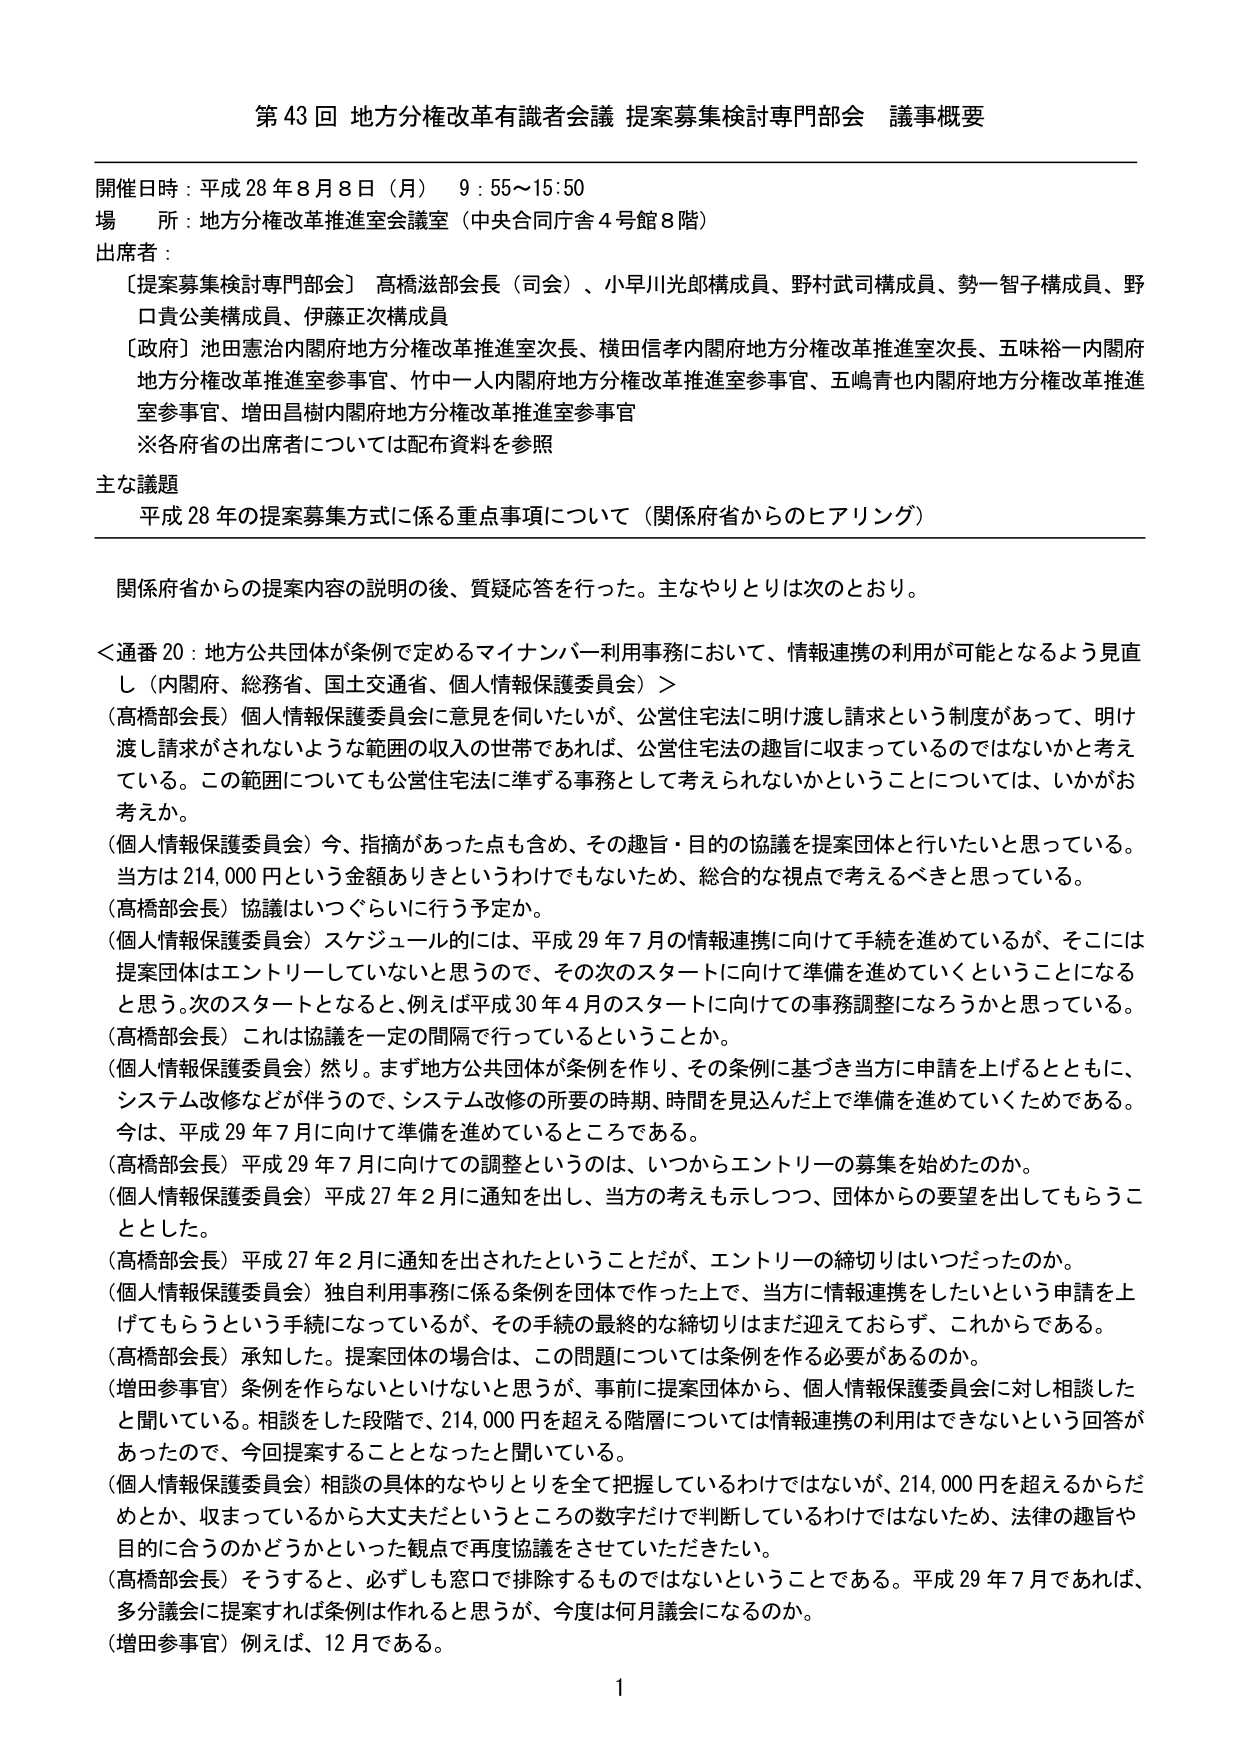
第43回 地方分権改革有識者会議 提案募集検討専門部会 議事概要

開催日時：平成28年8月8日（月） 9:55～15:50
場 所：地方分権改革推進室会議室（中央合同庁舎4号館8階）
出席者：
〔提案募集検討専門部会〕高橋滋部会長（司会）、小早川光郎構成員、野村武司構成員、勢一智子構成員、野口貴公美構成員、伊藤正次構成員
〔政府〕池田憲治内閣府地方分権改革推進室次長、横田信孝内閣府地方分権改革推進室次長、五味裕一内閣府地方分権改革推進室参事官、竹中一人内閣府地方分権改革推進室参事官、五嶋青也内閣府地方分権改革推進室参事官、増田昌樹内閣府地方分権改革推進室参事官
※各府省の出席者については配布資料を参照

主な議題
平成28年の提案募集方式に係る重点事項について（関係府省からのヒアリング）

関係府省からの提案内容の説明の後、質疑応答を行った。主なやりとりは次のとおり。

＜通番20：地方公共団体が条例で定めるマイナンバー利用事務において、情報連携の利用が可能となるよう見直し（内閣府、総務省、国土交通省、個人情報保護委員会）＞
（高橋部会長）個人情報保護委員会に意見を伺いたいが、公営住宅法に明け渡し請求という制度があって、明け渡し請求がされないような範囲の収入の世帯であれば、公営住宅法の趣旨に収まっているのではないかと考えている。この範囲についても公営住宅法に準ずる事務として考えられないかということについては、いかがお考えか。
（個人情報保護委員会）今、指摘があった点も含め、その趣旨・目的の協議を提案団体と行いたいと思っている。当方は214,000円という金額ありきというわけでもないため、総合的な視点で考えるべきと思っている。
（高橋部会長）協議はいつぐらいに行う予定か。
（個人情報保護委員会）スケジュール的には、平成29年7月の情報連携に向けて手続を進めているが、そこには提案団体はエントリーしていないと思うので、その次のスタートに向けて準備を進めていくということになると思う。次のスタートとなると、例えば平成30年4月のスタートに向けての事務調整になろうかと思っている。
（高橋部会長）これは協議を一定の間隔で行っているということか。
（個人情報保護委員会）然り。まず地方公共団体が条例を作り、その条例に基づき当方に申請を上げるとともに、システム改修などが伴うので、システム改修の所要の時期、時間を見込んだ上で準備を進めていくためである。今は、平成29年7月に向けて準備を進めているところである。
（高橋部会長）平成29年7月に向けての調整というのは、いつからエントリーの募集を始めたのか。
（個人情報保護委員会）平成27年2月に通知を出し、当方の考えも示しつつ、団体からの要望を出してもらうこととした。
（高橋部会長）平成27年2月に通知が出されたということだが、エントリーの締切りはいつだったのか。
（個人情報保護委員会）独自利用事務に係る条例を団体で作った上で、当方に情報連携をしたいという申請を上げてもらうという手続になっているが、その手続の最終的な締切りはまだ迎えておらず、これからである。
（高橋部会長）承知した。提案団体の場合は、この問題については条例を作る必要があるのか。
（増田参事官）条例を作らないといけないと思うが、事前に提案団体から、個人情報保護委員会に対し相談したと聞いている。相談をした段階で、214,000円を超える階層については情報連携の利用はできないという回答があったので、今回提案することとなったと聞いている。
（個人情報保護委員会）相談の具体的なやりとりを全て把握しているわけではないが、214,000円を超えるからだめとか、収まっているから大丈夫だというところの数字だけで判断しているわけではないため、法律の趣旨や目的に合うのかどうかといった観点で再度協議をさせていただきたい。
（高橋部会長）そうすると、必ずしも窓口で排除するものではないということである。平成29年7月であれば、多分議会に提案すれば条例は作れると思うが、今度は何月議会になるのか。
（増田参事官）例えば、12月である。

1